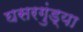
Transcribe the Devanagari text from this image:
घसरगुंड्या